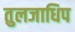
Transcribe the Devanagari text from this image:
तुलजाधिप